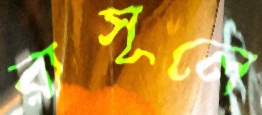
রাসূলে